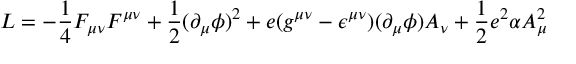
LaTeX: { \cal L } = - \frac { 1 } { 4 } F _ { \mu \nu } F ^ { \mu \nu } + \frac { 1 } { 2 } ( \partial _ { \mu } \phi ) ^ { 2 } + e ( g ^ { \mu \nu } - \epsilon ^ { \mu \nu } ) ( \partial _ { \mu } \phi ) A _ { \nu } + \frac { 1 } { 2 } e ^ { 2 } \alpha A _ { \mu } ^ { 2 }